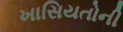
ખાસિયતોની